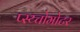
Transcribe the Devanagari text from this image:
प्स्य्चोमोटर